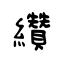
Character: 纘